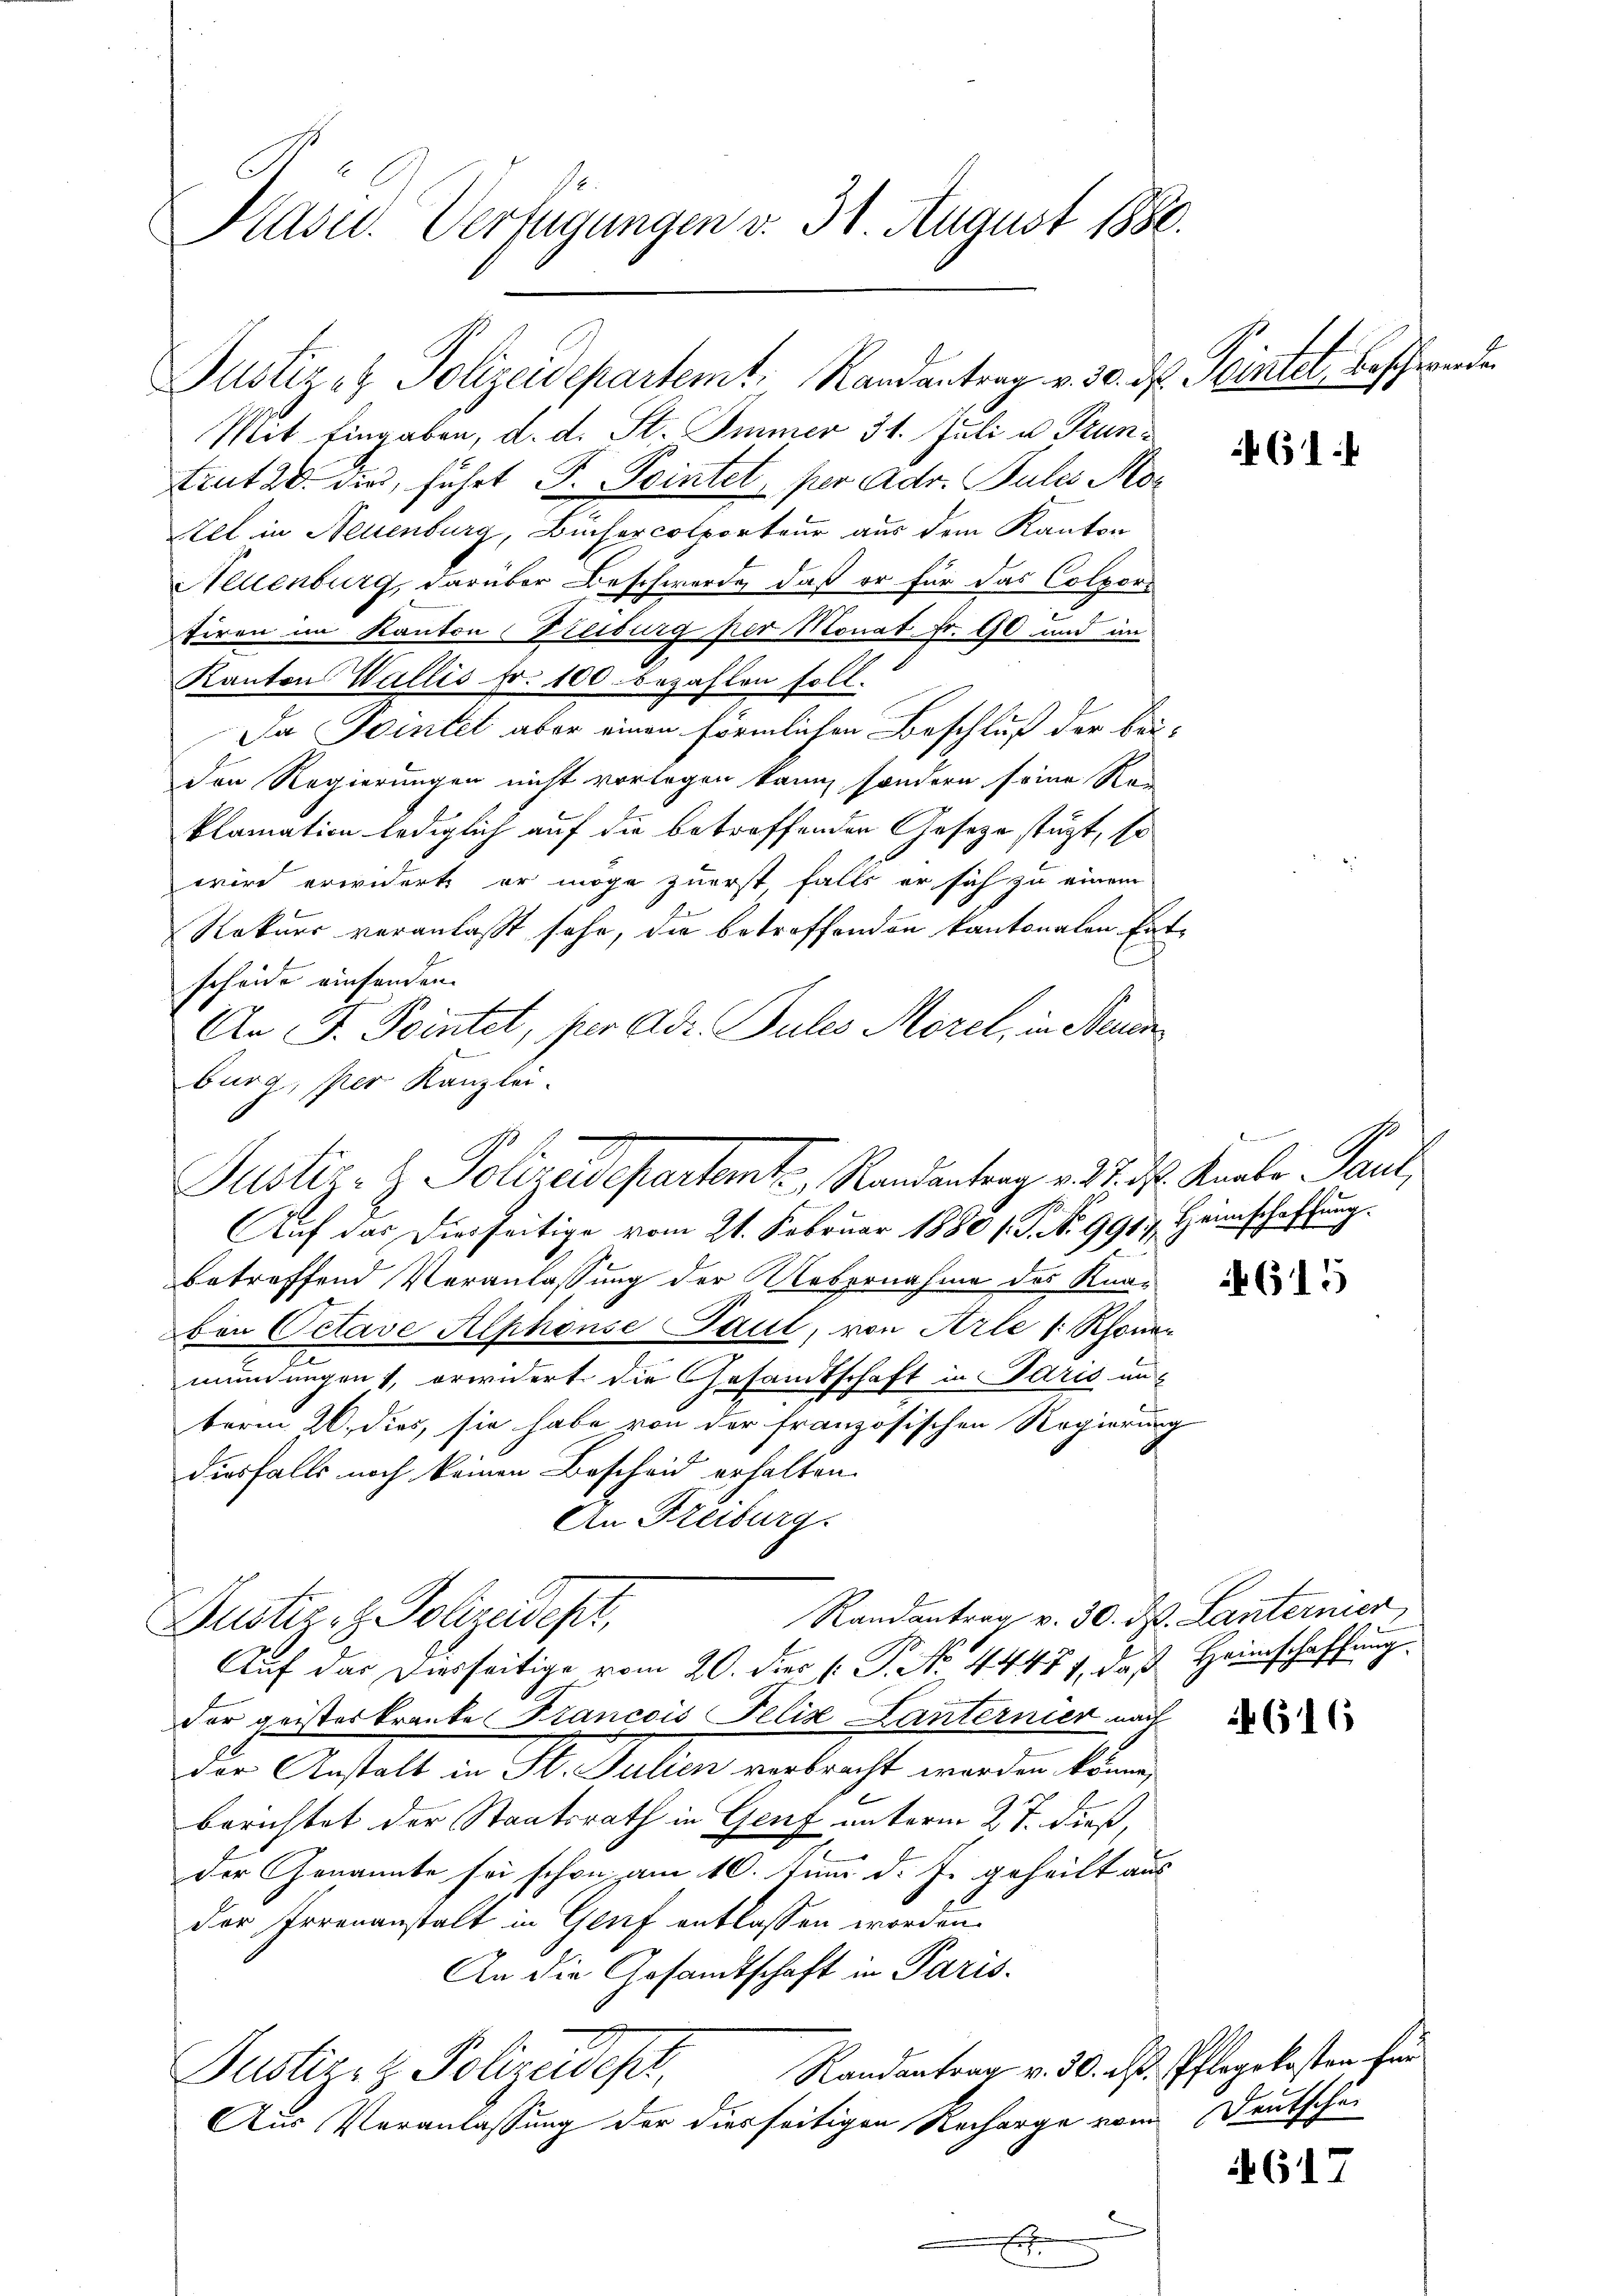
Prase Verfügungen v. 31. August 1880.

Mit Eingaben, d. d. St. Immer 31. Juli u. Truntrut 20. dies, führt F. Peintet, per Adr. Pules Mor
tel in Neuenburg, Büchercolporteur aus dem Kanton
Neuenburg, darüber Beschwerde, daß er für das Colpors
tiren im Kanton Treiburg per Monat Fr. 90 und im
Kantons Wallis fr. 100. bezahlen soll.
Da Pointel aber einen förmlichen Beschluß der bei
Den Regierungen nicht vorlegen kann, sondern seine Re-
klamation lediglich auf die betreffenden Geseze stüzt, so
wird erwiderte er möge zuerst, falls er sich zu einem
Rekurs veranlaßt sehe, die betreffenden kantonalen En
scheide einfanden |
An F. Pointel, per Adr. Sules Morel, in Neue
burg, per Kanzlei.
Auf das Diesseitige vom 21. Februar 1880 15 No 9957. Heimschaftung
betreffend Veranlassung der Uebernahme des Knaven Octave Alphonse Paul, von Arle /: Rhonen
mündungen, erwidert die Gesandtschaft in Paris un-
term 26. dies, sie habe von der französischen Regierung
diesfalls noch keinen Bescheid erhalten.
An Freiburg.
Randantrag v. 30. d. Lanternier,
Dustiz- & Polizeidest,
Auf das Diesseitige vom 20. dies [ P. No. 44471, daß Heimschaffung
der geisteskranke Francois Felix Lanternier nach
der Anstalt in St. Julien verbrecht worden könne,
berichtet der Staatsrath in Genf unterm 27. dieß,
der Genannte sei schon am 10. Juni d. J. geheilt aus
der Irrenanstalt in Genf entlassen worden.
An die Gesamtschaft in Paris.
Randantrag v. 30. ds. Pflegekosten her
Justiz- & Polizeidest
Aus Veranlassung der dierseitigen Recharge vom Deutschu
E

Justiz- & Polizeidepartamt, Randantrag v. 17. d. Knabe Paul

Justiz- & Polizeidepartemt, Randantrag v. 30. d. Peintel, Beschwende

61

hung.

615

616

G17